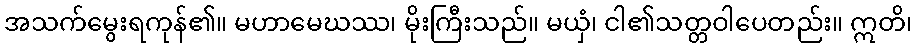
အသက်မွေးရကုန်၏။ မဟာမေဃဿ၊ မိုးကြီးသည်။ မယှံ၊ ငါ၏သတ္တဝါပေတည်း။ ဣတိ၊